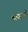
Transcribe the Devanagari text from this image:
कासानी